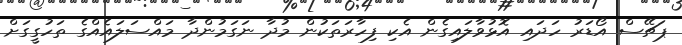
ޕަޗޭސް އޯޑަރު ހަދައި އޮޅުވާލައިގެން އެކި ފިހާރަތަކުން މުދާ ނަގަމުންދާ މައްސަލައެއްގެ ތަހުގީގަށް